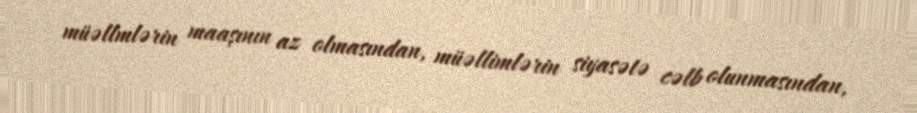
müəllmlərin maaşının az olmasından, müəllimlərin siyasətə cəlb olunmasından,